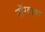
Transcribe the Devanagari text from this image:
नॉरवाक